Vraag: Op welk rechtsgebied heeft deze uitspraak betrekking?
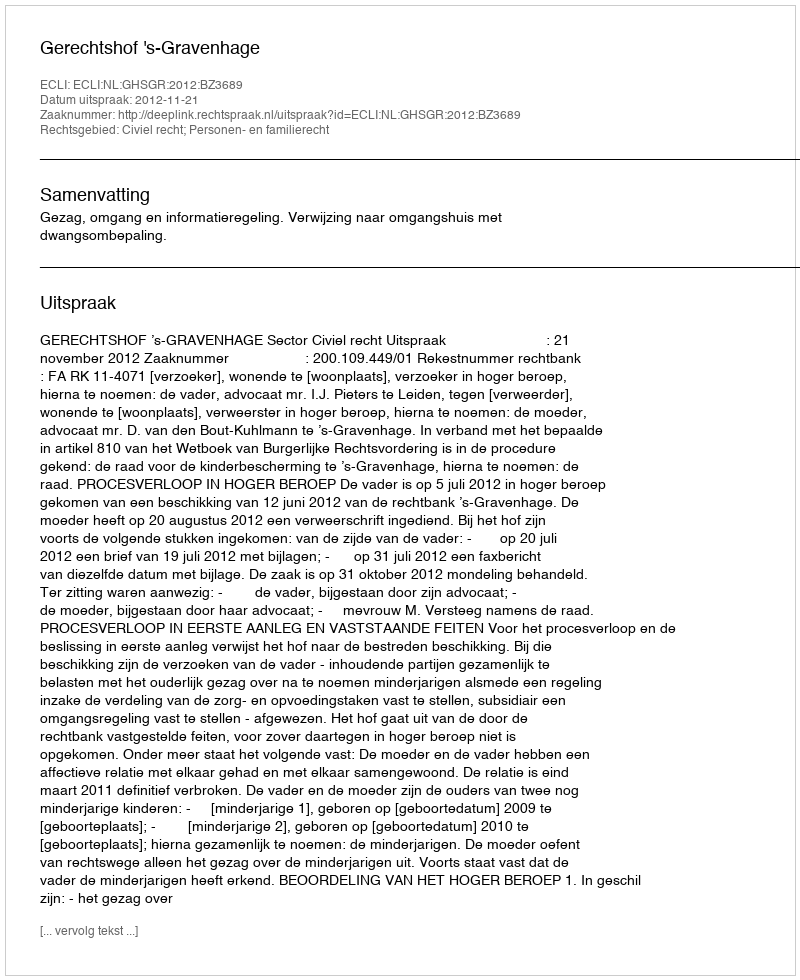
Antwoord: Civiel recht; Personen- en familierecht